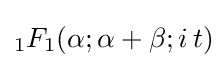
{}_{1}F_{1}(\alpha ;\alpha +\beta ;i\,t)\!